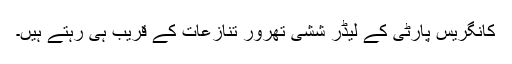
کانگریس پارٹی کے لیڈر ششی تھرور تنازعات کے قریب ہی رہتے ہیں۔